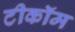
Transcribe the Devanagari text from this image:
टीकॉम